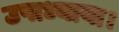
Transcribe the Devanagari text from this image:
उपाध्याया।